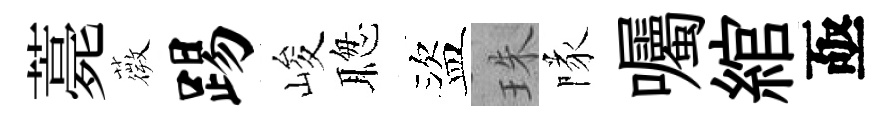
薧薇踢峻聦盜珠隊囑綰亟